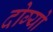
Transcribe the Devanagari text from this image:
दोग्यो